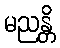
မညန္တိ